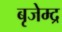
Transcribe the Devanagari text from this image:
बृजेम्द्र